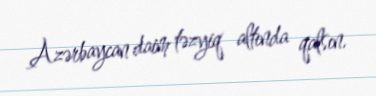
Azərbaycan daim təzyiq altında qalsın.